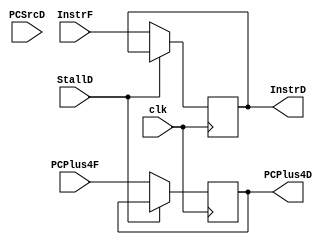
module FtoD(clk, StallD, PCSrcD, InstrF, PCPlus4F, InstrD, PCPlus4D); 

    input clk;
    input StallD;
    input PCSrcD;
    input [31:0] InstrF;
    input [31:0] PCPlus4F;

    output reg [31:0] InstrD;
    output reg [31:0] PCPlus4D;

    initial begin 
        InstrD = 0;
        PCPlus4D = 32'h00100000; // Is it correct?
    end 

    always@(posedge clk)
    begin      
        if(!StallD)
        begin
            InstrD <= InstrF;
            PCPlus4D <= PCPlus4F; 
        end
    end

endmodule